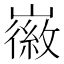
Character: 𫶛